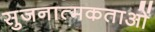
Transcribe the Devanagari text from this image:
सुजनात्मकताओं